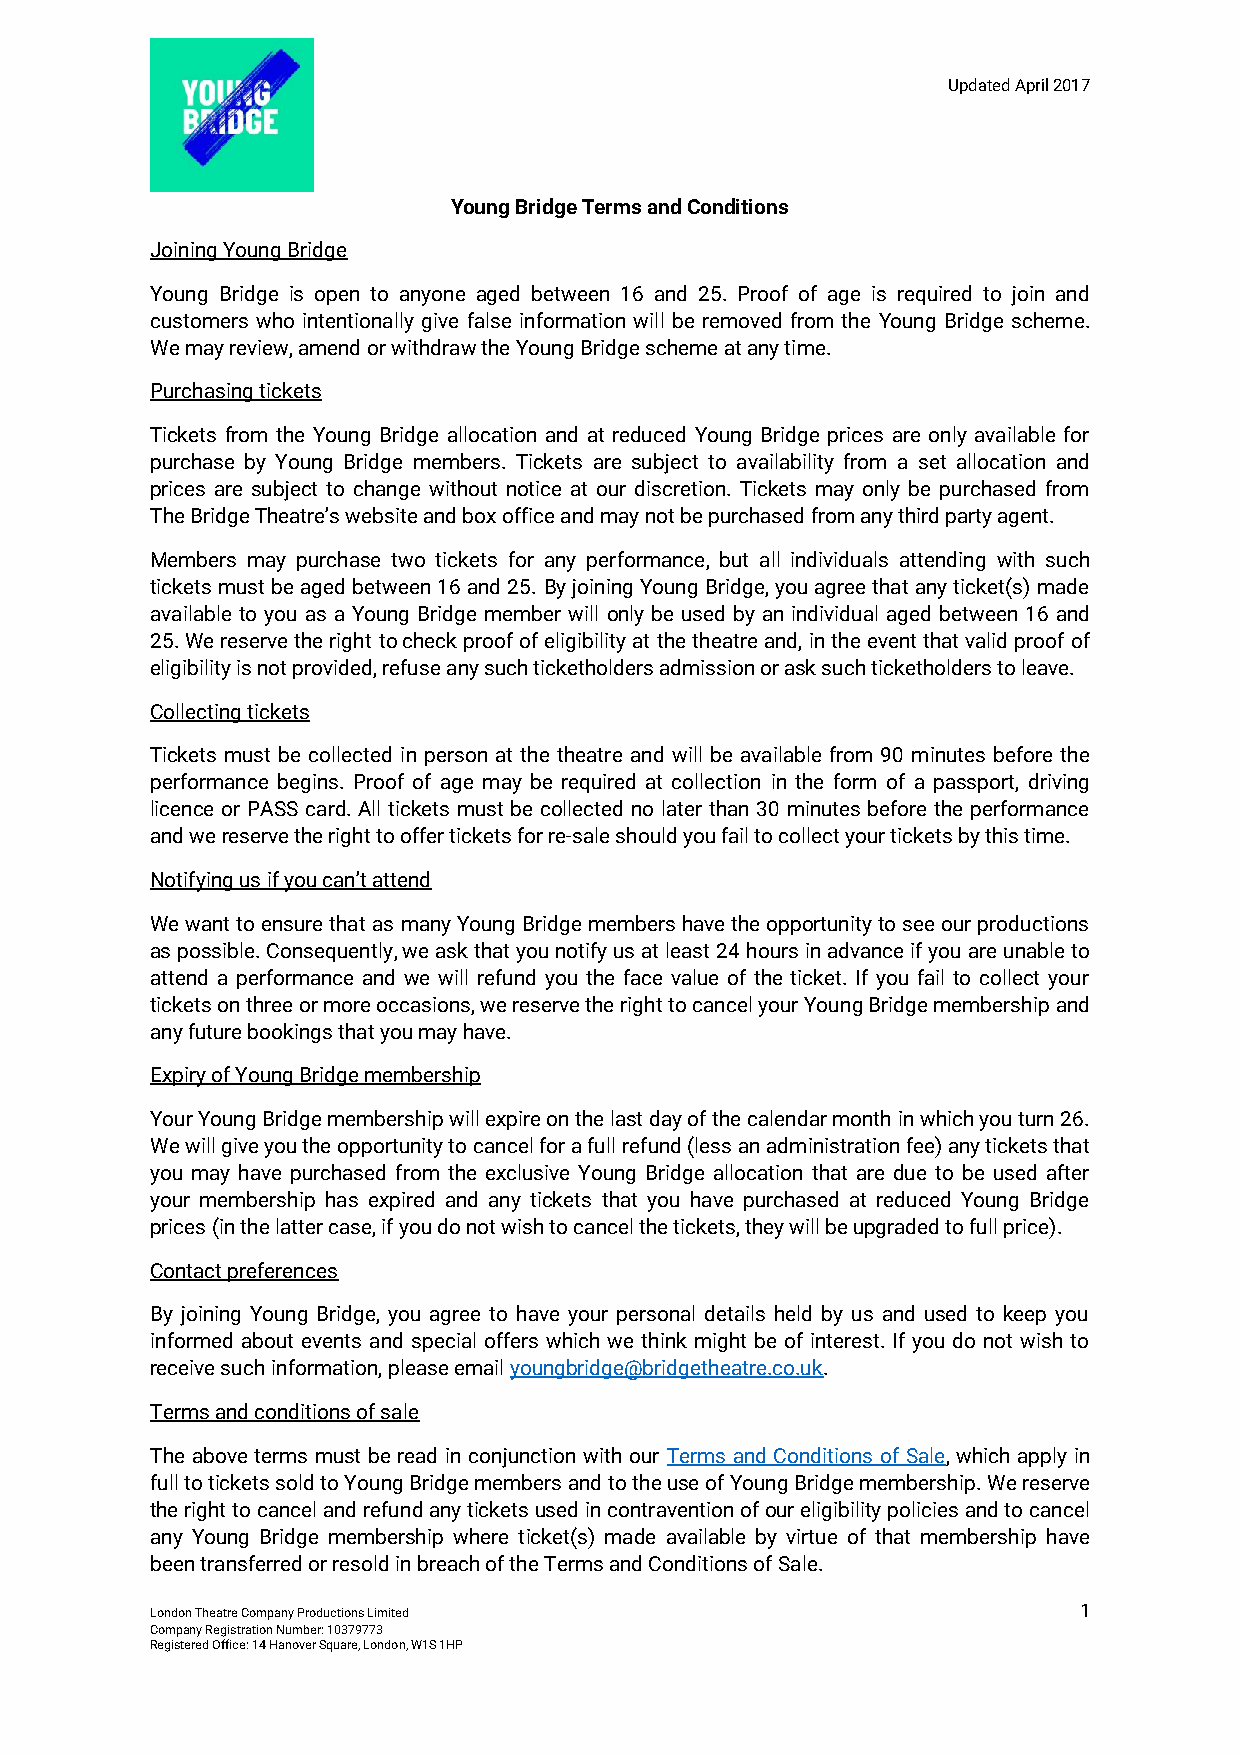
Updated April 2017
 Young Bridge Terms and Conditions
 Joining Young Bridge
 Young Bridge is open to anyone aged between 16 and 25. Proof of age is required to join and
 customers who intentionally give false information will be removed from the Young Bridge scheme.
 We may review, amend or withdraw the Young Bridge scheme at any time.
 Purchasing tickets
 Tickets from the Young Bridge allocation and at reduced Young Bridge prices are only available for
 purchase by Young Bridge members. Tickets are subject to availability from a set allocation and
 prices are subject to change without notice at our discretion. Tickets may only be purchased from
 The Bridge Theatre’s website and box office and may not be purchased from any third party agent.
 Members may purchase two tickets for any performance, but all individuals attending with such
 tickets must be aged between 16 and 25. By joining Young Bridge, you agree that any ticket(s) made
 available to you as a Young Bridge member will only be used by an individual aged between 16 and
 25. We reserve the right to check proof of eligibility at the theatre and, in the event that valid proof of
 eligibility is not provided, refuse any such ticketholders admission or ask such ticketholders to leave.
 Collecting tickets
 Tickets must be collected in person at the theatre and will be available from 90 minutes before the
 performance begins. Proof of age may be required at collection in the form of a passport, driving
 licence or PASS card. All tickets must be collected no later than 30 minutes before the performance
 and we reserve the right to offer tickets for re-sale should you fail to collect your tickets by this time.
 Notifying us if you can’t attend
 We want to ensure that as many Young Bridge members have the opportunity to see our productions
 as possible. Consequently, we ask that you notify us at least 24 hours in advance if you are unable to
 attend a performance and we will refund you the face value of the ticket. If you fail to collect your
 tickets on three or more occasions, we reserve the right to cancel your Young Bridge membership and
 any future bookings that you may have.
 Expiry of Young Bridge membership
 Your Young Bridge membership will expire on the last day of the calendar month in which you turn 26.
 We will give you the opportunity to cancel for a full refund (less an administration fee) any tickets that
 you may have purchased from the exclusive Young Bridge allocation that are due to be used after
 your membership has expired and any tickets that you have purchased at reduced Young Bridge
 prices (in the latter case, if you do not wish to cancel the tickets, they will be upgraded to full price).
 Contact preferences
 By joining Young Bridge, you agree to have your personal details held by us and used to keep you
 informed about events and special offers which we think might be of interest. If you do not wish to
 receive such information, please email youngbridge@bridgetheatre.co.uk.
 Terms and conditions of sale
 The above terms must be read in conjunction with our Terms and Conditions of Sale, which apply in
 full to tickets sold to Young Bridge members and to the use of Young Bridge membership. We reserve
 the right to cancel and refund any tickets used in contravention of our eligibility policies and to cancel
 any Young Bridge membership where ticket(s) made available by virtue of that membership have
 been transferred or resold in breach of the Terms and Conditions of Sale.
 London Theatre Company Productions Limited                    1
 Company Registration Number: 10379773
 Registered Office: 14 Hanover Square, London, W1S 1HP